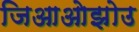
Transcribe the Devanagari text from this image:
जिआओझोउ